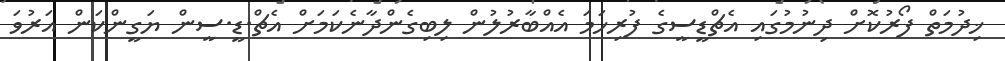
ޚިދުމަތް ފޯރުކޮށް ދިނުމުގައި އެޗްޑީސީގެ ފުރިހަމަ އެއްބާރުލުން ލިބިގެންދާނެކަމަށް އެޗް.ޑީ.ސީން ޔަގީންކަން އަރުވަ